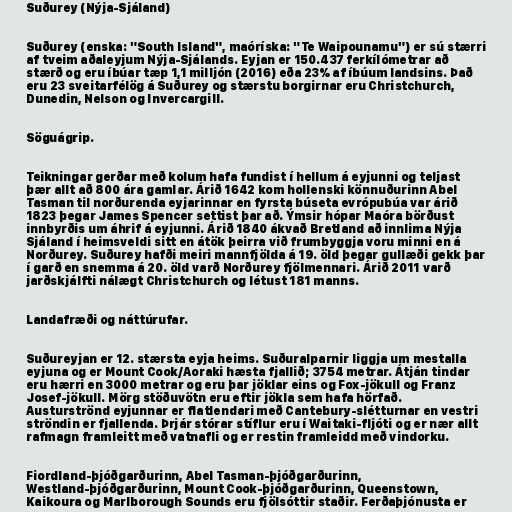
Suðurey (Nýja-Sjáland)

Suðurey (enska: "South Island", maóríska: "Te Waipounamu") er sú stærri
af tveim aðaleyjum Nýja-Sjálands. Eyjan er 150.437 ferkílómetrar að
stærð og eru íbúar tæp 1,1 milljón (2016) eða 23% af íbúum landsins. Það
eru 23 sveitarfélög á Suðurey og stærstu borgirnar eru Christchurch,
Dunedin, Nelson og Invercargill.

Söguágrip.

Teikningar gerðar með kolum hafa fundist í hellum á eyjunni og teljast
þær allt að 800 ára gamlar. Árið 1642 kom hollenski könnuðurinn Abel
Tasman til norðurenda eyjarinnar en fyrsta búseta evrópubúa var árið
1823 þegar James Spencer settist þar að. Ýmsir hópar Maóra börðust
innbyrðis um áhrif á eyjunni. Árið 1840 ákvað Bretland að innlima Nýja
Sjáland í heimsveldi sitt en átök þeirra við frumbyggja voru minni en á
Norðurey. Suðurey hafði meiri mannfjölda á 19. öld þegar gullæði gekk þar
í garð en snemma á 20. öld varð Norðurey fjölmennari. Árið 2011 varð
jarðskjálfti nálægt Christchurch og létust 181 manns.

Landafræði og náttúrufar.

Suðureyjan er 12. stærsta eyja heims. Suðuralparnir liggja um mestalla
eyjuna og er Mount Cook/Aoraki hæsta fjallið; 3754 metrar. Átján tindar
eru hærri en 3000 metrar og eru þar jöklar eins og Fox-jökull og Franz
Josef-jökull. Mörg stöðuvötn eru eftir jökla sem hafa hörfað.
Austurströnd eyjunnar er flatlendari með Cantebury-slétturnar en vestri
ströndin er fjallenda. Þrjár stórar stíflur eru í Waitaki-fljóti og er nær allt
rafmagn framleitt með vatnafli og er restin framleidd með vindorku.

Fiordland-þjóðgarðurinn, Abel Tasman-þjóðgarðurinn,
Westland-þjóðgarðurinn, Mount Cook-þjóðgarðurinn, Queenstown,
Kaikoura og Marlborough Sounds eru fjölsóttir staðir. Ferðaþjónusta er